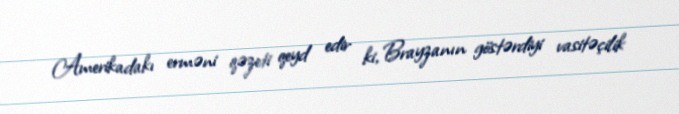
Amerikadakı erməni qəzeti qeyd edir ki, Brayzanın göstərdiyi vasitəçilik